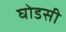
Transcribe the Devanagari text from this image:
घोडसी